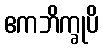
ဧကဘိက္ခုပိ